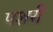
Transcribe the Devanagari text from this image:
पशरी